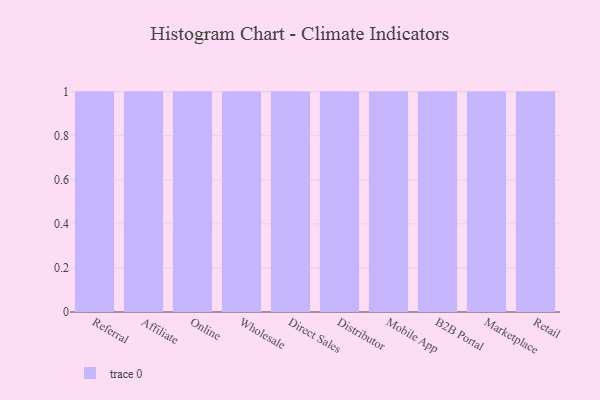
{"axis": {"x": "Channel", "y": "Population (Million)"}, "legend": [""], "data": [{"x": "Referral", "y": 7, "type": ""}, {"x": "Affiliate", "y": 92, "type": ""}, {"x": "Online", "y": 19, "type": ""}, {"x": "Wholesale", "y": 56, "type": ""}, {"x": "Direct Sales", "y": 7, "type": ""}, {"x": "Distributor", "y": 45, "type": ""}, {"x": "Mobile App", "y": 71, "type": ""}, {"x": "B2B Portal", "y": 45, "type": ""}, {"x": "Marketplace", "y": 70, "type": ""}, {"x": "Retail", "y": 96, "type": ""}]}